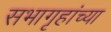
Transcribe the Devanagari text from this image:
सभागृहांच्या